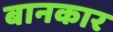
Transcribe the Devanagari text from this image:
बानकार